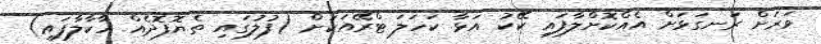
ވަރަށް ރަނގަޅަށް އެއްކޮށްލާފައި ކޭކު އަޅާ ކަހަލަ ޓްރޭއަކަށް (ފުލުގައި ތެޔޮފޮދެއް ހާކާލާފައި)